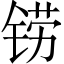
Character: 铹